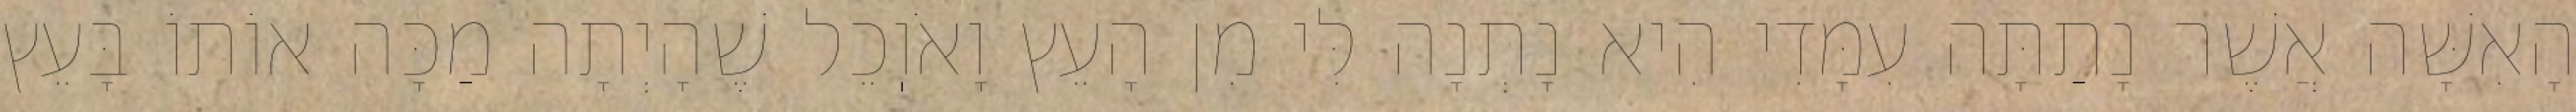
הָאִשָּׁה אֲשֶׁר נָתַתָּה עִמָּדִי הִיא נָתְנָה לִּי מִן הָעֵץ וָאֹוֽכֵל שֶׁהָיְתָה מַכָּה אוֹתוֹ בָּעֵץ